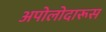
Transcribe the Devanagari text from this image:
अपोलोदारूस